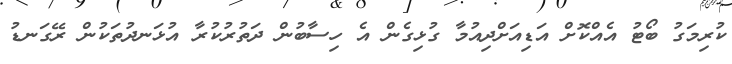
ކުރިމަގު ބޯޓު އެއްކޮށް އަޑިއަށްދިއުމާ ގުޅިގެން އެ ހިސާބުން ދަތުރުކުރާ އުޅަނދުތަކުން ރޭގަނޑު